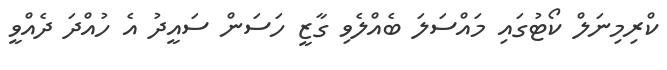
ކްރިމިނަލް ކޯޓުގައި މައްސަލަ ބެއްލެވި ގާޒީ ހަސަން ސައީދު އެ ހުއްދަ ދެއްވީ